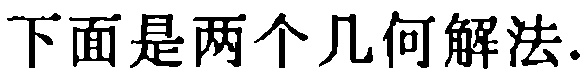
下面是两个几何解法.